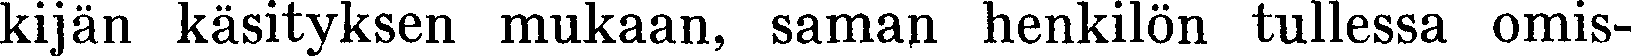
kijän käsityksen mukaan, saman henkilön tullessa omis-